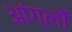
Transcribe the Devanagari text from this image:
आंग्लों